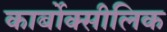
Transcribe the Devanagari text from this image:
कार्बोक्सीलिक